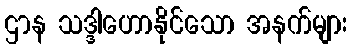
ဌာန သဒ္ဒါဟောနိုင်သော အနက်များ